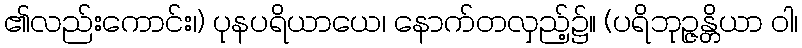
၏လည်းကောင်း၊) ပုနပရိယာယေ၊ နောက်တလှည့်၌။ (ပရိဘုဉ္ဇန္တိယာ ဝါ၊